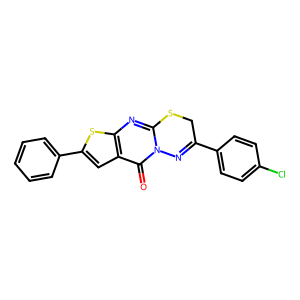
SMILES: O=c1c2cc(-c3ccccc3)sc2nc2n1N=C(c1ccc(Cl)cc1)CS2
Inhibits HIV replication: No